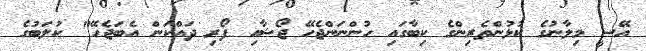
އޭސީ މިލާނުގެ ކުޅުންތެރިންގެ ކިބާގައި ހުންނަންޖެހޭ ޖޯޝާއި ފޯރި ދައްކަން އެބަޖެހޭ" ކުލަބުގެ